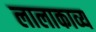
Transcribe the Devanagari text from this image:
लालाकाव्य